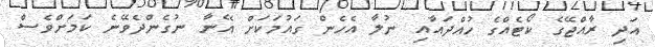
އަދި ރާއްޖޭގެ ކޯޓެއްގެ ހުއްދައާއި ނުލާ އެހެން ގައުމަކަށް އޭނާ ނުގެންދެވޭނެ ކަމަަށްވެސް